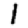
Digit: 1